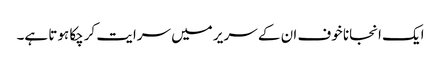
ایک انجانا خوف ان کے سر یر میں سرایت کرچکا ہوتا ہے۔